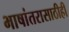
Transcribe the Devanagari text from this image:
भाषांतरासाठीही